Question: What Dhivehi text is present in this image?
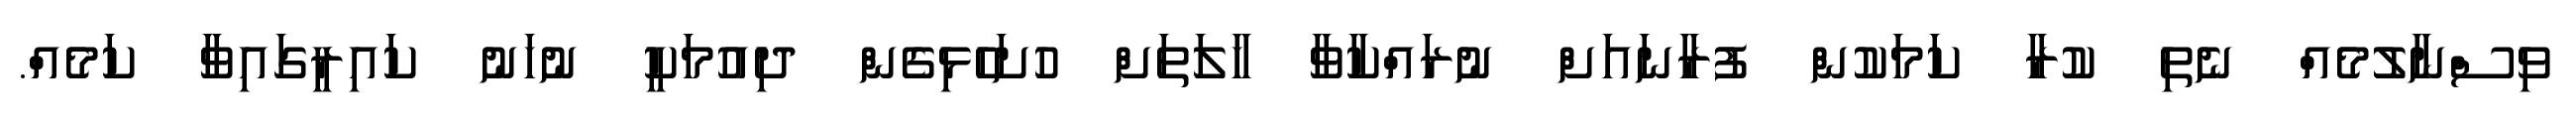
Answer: ވިސްނާލުމެއް ނެތި ކުރާ ކަމަކުން ފުރާނައަށް ނުރައްކާވާ ހާލަތަށް ހުށަހެޅިގެން ދިއުމަކީ ނުހަނު ކައިރީގައިވާ ކަމެއް.